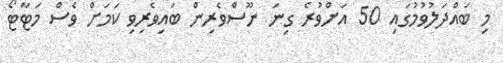
މި ބައްދަލުވުމުގައި 50 އަށްވުރެ ގިނަ ނޫސްވެރިން ބައިވެރިވި ކަމަށް ވެސް މަޓާޓޯ